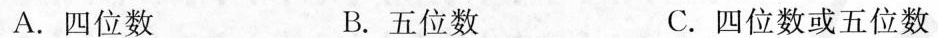
A.四位数 B.五位数 C.四位数或五位数